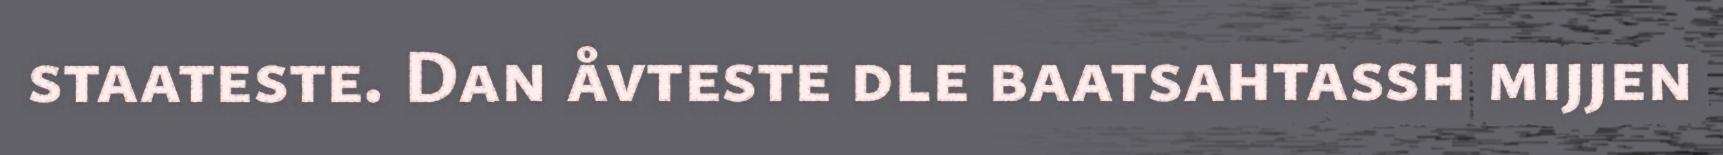
staateste. Dan åvteste dle baatsahtassh mijjen